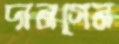
দানগেন